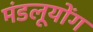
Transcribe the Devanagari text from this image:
मंडलूयोंग